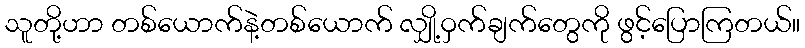
သူတို့ဟာ တစ်ယောက်နဲ့တစ်ယောက် လျှို့ဝှက်ချက်တွေကို ဖွင့်ပြောကြတယ်။